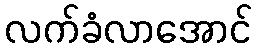
လက်ခံလာအောင်